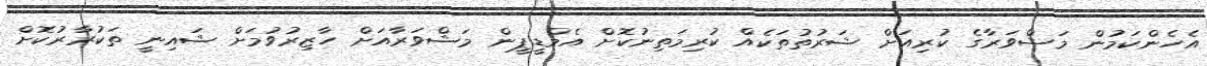
އެހެންކަމުން މަޝްވަރާގެ ކުރިއަށް ޝަރުތުތަކެއް ކުރިމަތިނުކޮށް އެމްޑީޕީން މަޝްވަރާއަށް ހާޒިރުވުމަށް ޝައިނީ ތަކުރާރުކޮށް